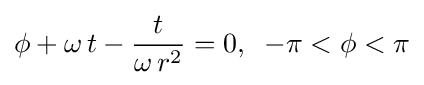
\phi +\omega \,t-{\frac {t}{\omega \,r^{2}}}=0,\;\;-\pi <\phi <\pi